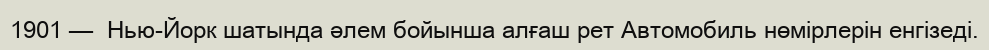
1901 —  Нью-Йорк шатында әлем бойынша алғаш рет Автомобиль нөмірлерін енгізеді.